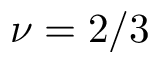
\nu = 2 / 3